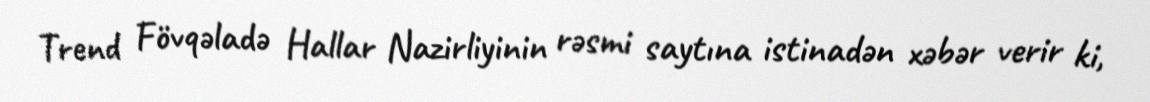
Trend Fövqəladə Hallar Nazirliyinin rəsmi saytına istinadən xəbər verir ki,